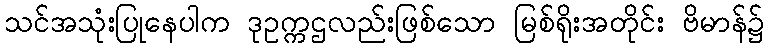
သင်အသုံးပြုနေပါက ဒုဥက္ကဌလည်းဖြစ်သော မြစ်ရိုးအတိုင်း ဗိမာန်၌